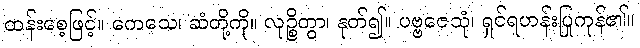
ထန်းစေ့ဖြင့်။ ကေသေ၊ ဆံတို့ကို။ လုဉ္စိတွာ၊ နုတ်၍။ ပဗ္ဗဇေသုံ၊ ရှင်ရဟန်းပြုကုန်၏။